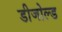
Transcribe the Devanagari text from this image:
डीजोल्ड